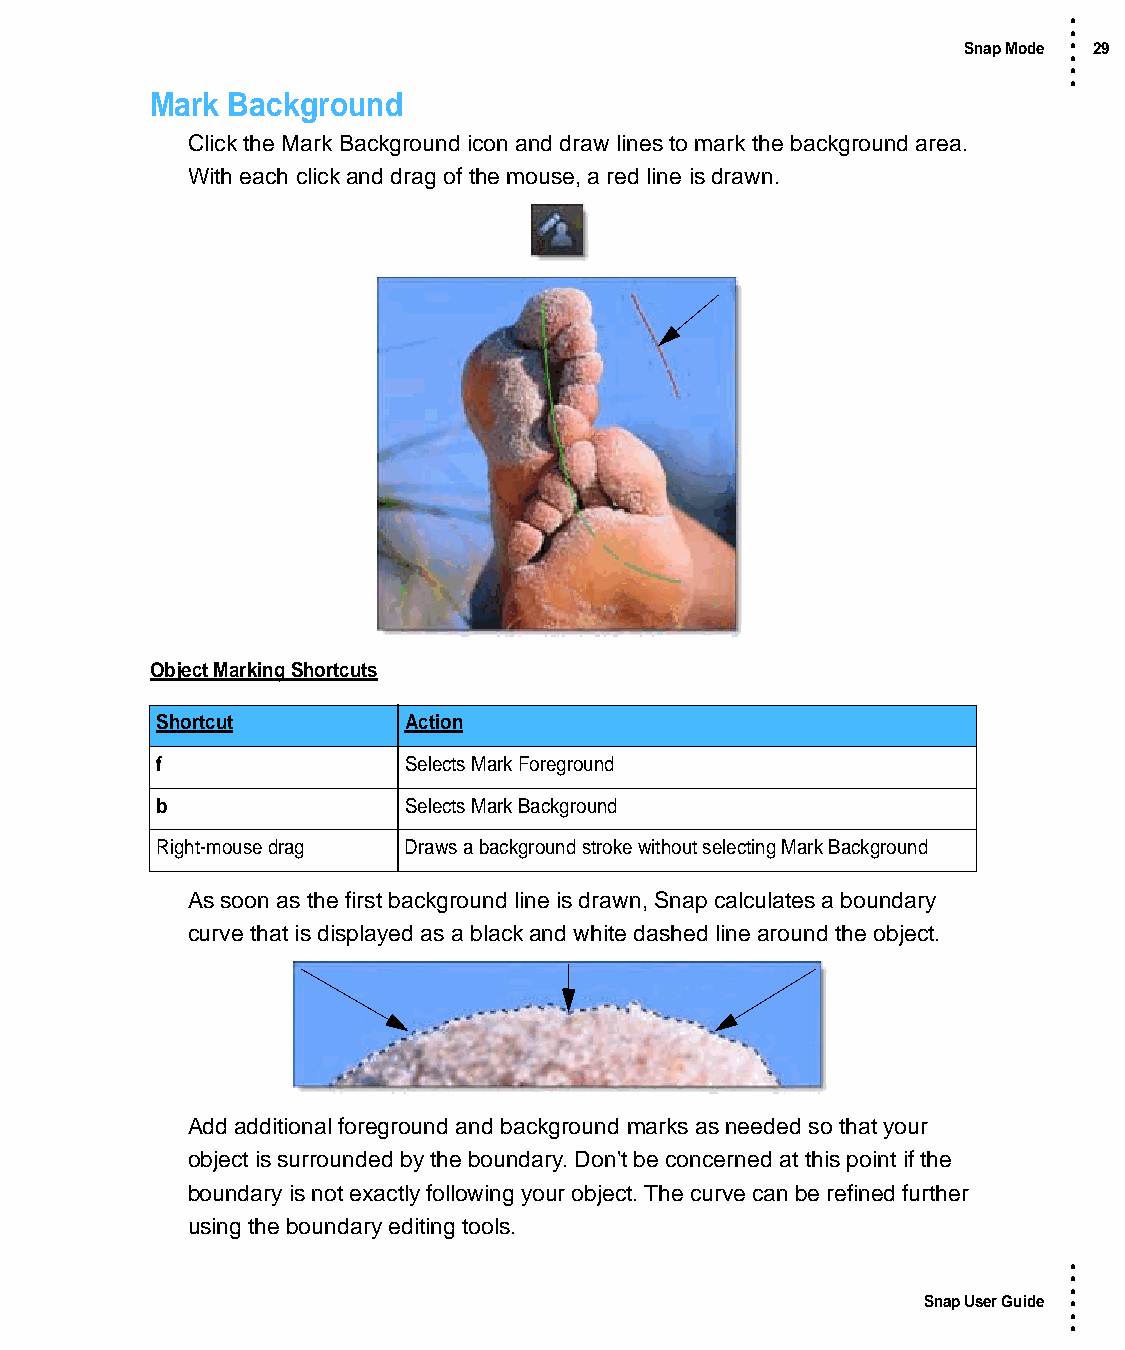
•
 •
 Snap Mode • 29
 •
 •
 •
 Mark Background
 Click the Mark Background icon and draw lines to mark the background area.
 With each click and drag of the mouse, a red line is drawn.
 Object Marking Shortcuts
 Shortcut         Action
 f                Selects Mark Foreground
 b                Selects Mark Background
 Right-mouse drag Draws a background stroke without selecting Mark Background
 As soon as the first background line is drawn, Snap calculates a boundary
 curve that is displayed as a black and white dashed line around the object.
 Add additional foreground and background marks as needed so that your
 object is surrounded by the boundary. Don't be concerned at this point if the
 boundary is not exactly following your object. The curve can be refined further
 using the boundary editing tools.
 •
 •
 •
 Snap User Guide •
 •
 •